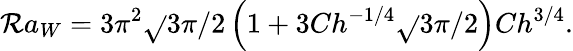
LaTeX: \mathcal{R}a_{W}=3\pi^{2}\sqrt{}{{3\pi/2}}\left(1+3Ch^{-1/4}\sqrt{}{{3\pi/2}}\right)Ch^{3/4}.